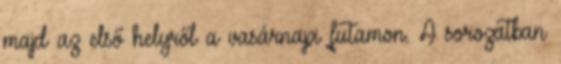
majd az első helyről a vasárnapi futamon. A sorozatban